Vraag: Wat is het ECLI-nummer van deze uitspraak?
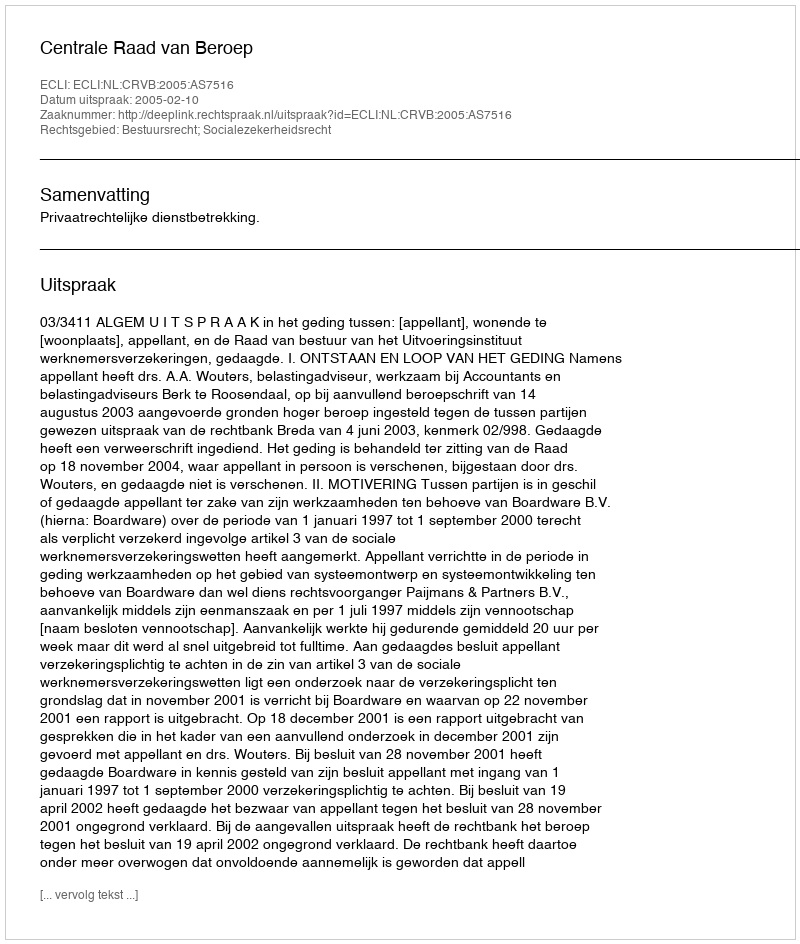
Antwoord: ECLI:NL:CRVB:2005:AS7516